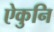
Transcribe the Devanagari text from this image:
ऐकुनि